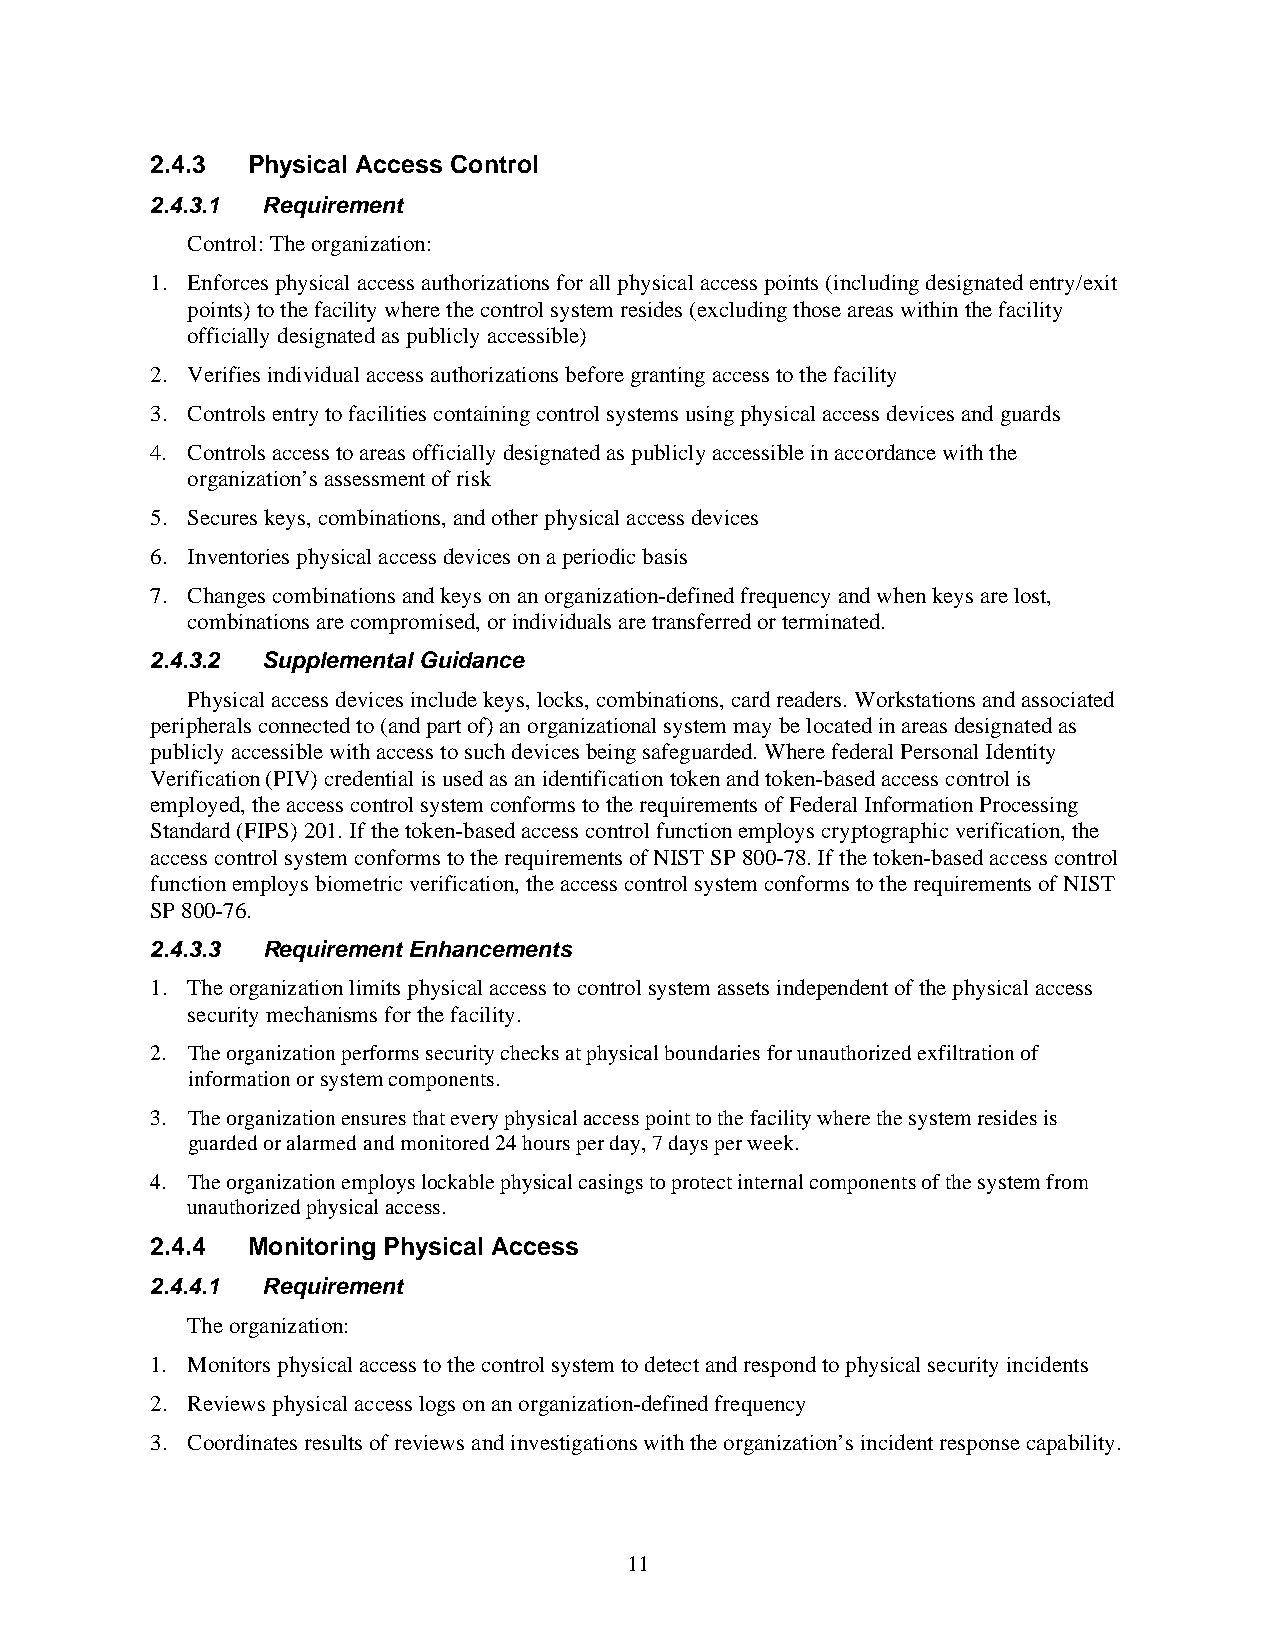
2.4.3 Physical Access Control
 2.4.3.1 Requirement
 Control: The organization:
 1. Enforces physical access authorizations for all physical access points (including designated entry/exit
 points) to the facility where the control system resides (excluding those areas within the facility
 officially designated as publicly accessible)
 2. Verifies individual access authorizations before granting access to the facility
 3. Controls entry to facilities containing control systems using physical access devices and guards
 4. Controls access to areas officially designated as publicly accessible in accordance with the
 organization’s assessment of risk
 5. Secures keys, combinations, and other physical access devices
 6. Inventories physical access devices on a periodic basis
 7. Changes combinations and keys on an organization-defined frequency and when keys are lost,
 combinations are compromised, or individuals are transferred or terminated.
 2.4.3.2 Supplemental Guidance
 Physical access devices include keys, locks, combinations, card readers. Workstations and associated
 peripherals connected to (and part of) an organizational system may be located in areas designated as
 publicly accessible with access to such devices being safeguarded. Where federal Personal Identity
 Verification (PIV) credential is used as an identification token and token-based access control is
 employed, the access control system conforms to the requirements of Federal Information Processing
 Standard (FIPS) 201. If the token-based access control function employs cryptographic verification, the
 access control system conforms to the requirements of NIST SP 800-78. If the token-based access control
 function employs biometric verification, the access control system conforms to the requirements of NIST
 SP 800-76.
 2.4.3.3 Requirement Enhancements
 1. The organization limits physical access to control system assets independent of the physical access
 security mechanisms for the facility.
 2. The organization performs security checks at physical boundaries for unauthorized exfiltration of
 information or system components.
 3. The organization ensures that every physical access point to the facility where the system resides is
 guarded or alarmed and monitored 24 hours per day, 7 days per week.
 4. The organization employs lockable physical casings to protect internal components of the system from
 unauthorized physical access.
 2.4.4 Monitoring Physical Access
 2.4.4.1 Requirement
 The organization:
 1. Monitors physical access to the control system to detect and respond to physical security incidents
 2. Reviews physical access logs on an organization-defined frequency
 3. Coordinates results of reviews and investigations with the organization’s incident response capability.
 11